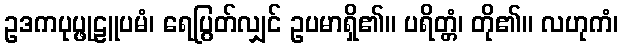
ဥဒကပုပ္ဖုဠူပမံ၊ ရေပြွတ်လျှင် ဥပမာရှိ၏။ ပရိတ္တံ၊ တို၏။ လဟုကံ၊